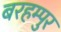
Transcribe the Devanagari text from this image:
बरहम्पुर